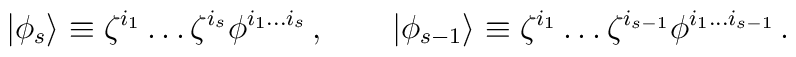
|\phi_s\rangle\equiv\zeta^{i_1}\ldots\zeta^{i_s}\phi^{i_1\ldots i_s}\,,\qquad|\phi_{s-1}\rangle\equiv\zeta^{i_1}\ldots\zeta^{i_{s-1}}\phi^{i_1\ldots i_{s-1}}\,.